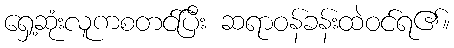
ရှေ့ဆုံးလူကစတင်ပြီး ဆရာဝန်ခန်းထဲဝင်ရ၏။